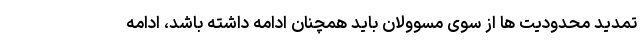
تمدید محدودیت ها از سوی مسوولان باید همچنان ادامه داشته باشد، ادامه